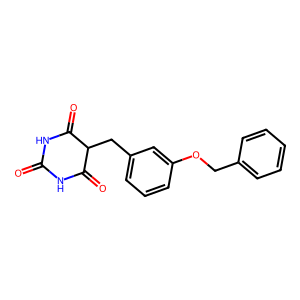
SMILES: O=C1NC(=O)C(Cc2cccc(OCc3ccccc3)c2)C(=O)N1
Inhibits HIV replication: No